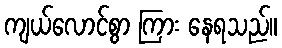
ကျယ်လောင်စွာ ကြား နေရသည်။